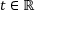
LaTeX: t \in \mathbb { R }